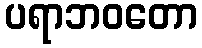
ပရာဘဝတော